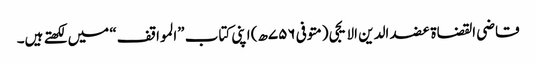
قاضی القضاة عضد الدین الایجی (متوفی ۷۵۶ھ) اپنی کتاب ”المواقف“ میں لکھتے ہیں۔